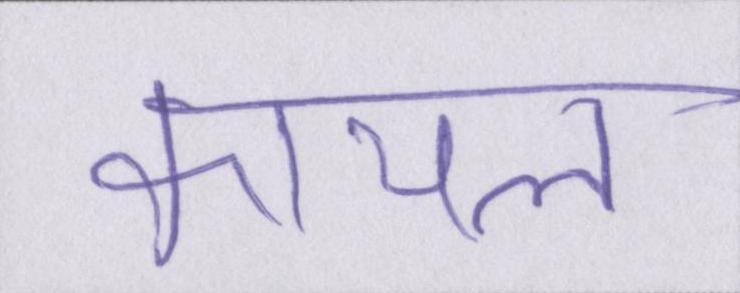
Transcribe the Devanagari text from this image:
कायल